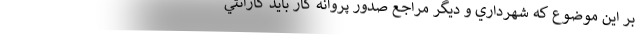
بر این موضوع که شهرداري و ديگر مراجع صدور پروانه كار باید گارانتي